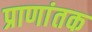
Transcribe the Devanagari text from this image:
प्राणांतक